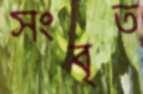
সংবৃত